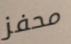
محفز